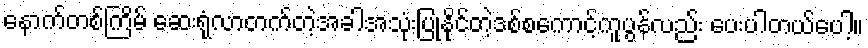
နောက်တစ်ကြိမ် ဆေးရုံလာတက်တဲ့အခါအသုံးပြုနိုင်တဲ့ဒစ်စကောင့်ကူပွန်လည်း ပေးပါတယ်ပေါ့။